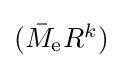
\textstyle ({\bar {M}}_{\mathrm {e} }R^{k})